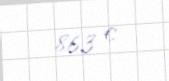
863 €